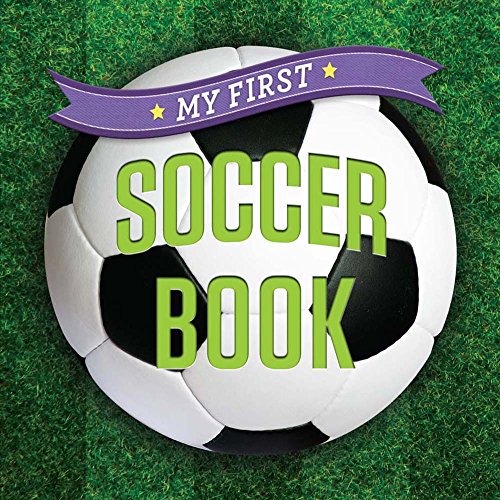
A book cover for My First Soccer Book (First Sports); Sterling Children's; Children's Books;